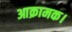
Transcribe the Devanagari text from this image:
आक्रामक।